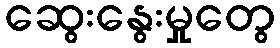
ဆွေးနွေးမှုတွေ